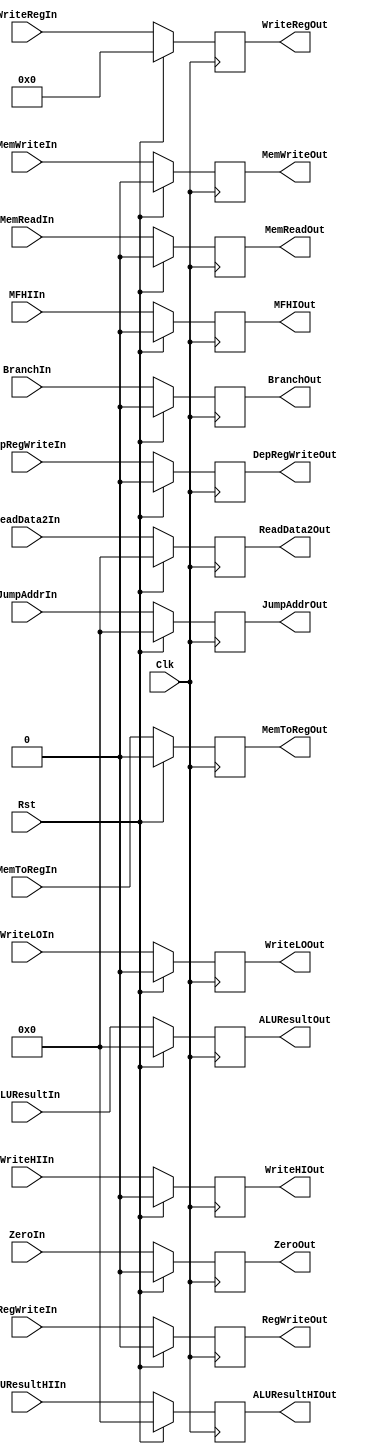
`timescale 1ns / 1ps
//////////////////////////////////////////////////////////////////////////////////
// Company: 
// Engineer: 
// 
// Design Name: 
// Module Name: PipelineReg
// Project Name: 
// Target Devices: 
// Tool Versions: 
// Description: 
// 
// Dependencies: 
// 
// Revision:
// Revision 0.01 - File Created
// Additional Comments:
// 
//////////////////////////////////////////////////////////////////////////////////


module ExecuteMemoryReg_tb(
    Clk,
    Rst,
    JumpAddrIn,
    ALUResultIn,
    ALUResultHIIn,
    ReadData2In,
    WriteRegIn,
    ZeroIn,
    BranchIn,
    MemWriteIn,
    MemReadIn,
    MFHIIn,
    RegWriteIn,
    WriteHIIn, 
    WriteLOIn,
    DepRegWriteIn,
    MemToRegIn,
    JumpAddrOut,
    ALUResultOut,
    ALUResultHIOut,
    ReadData2Out,
    WriteRegOut,
    ZeroOut,
    BranchOut,
    MemWriteOut,
    MemReadOut,
    MFHIOut,
    RegWriteOut,
    WriteHIOut, 
    WriteLOOut,
    DepRegWriteOut,
    MemToRegOut
    );
    input [31:0] JumpAddrIn, ALUResultIn, ALUResultHIIn, ReadData2In;
    input [4:0] WriteRegIn;
    input ZeroIn, MemWriteIn, MemReadIn, MFHIIn, Clk, BranchIn;
    input RegWriteIn, WriteHIIn, WriteLOIn, DepRegWriteIn;
    input MemToRegIn, Rst;
    output reg [31:0] JumpAddrOut, ALUResultOut, ALUResultHIOut, ReadData2Out;
    output reg [4:0] WriteRegOut;
    output reg ZeroOut, MemReadOut, MemWriteOut, MFHIOut;
    output reg BranchOut, RegWriteOut, DepRegWriteOut, WriteHIOut;
    output reg WriteLOOut, MemToRegOut;
    initial begin
        JumpAddrOut <= 0;
        ALUResultOut <= 0;
        ALUResultHIOut <= 0;
        ReadData2Out <= 0;
        WriteRegOut <= 0;
        ZeroOut <= 0;
        BranchOut <= 0;
        MemReadOut <= 0;
        MemWriteOut <= 0;
        MFHIOut <= 0;
        RegWriteOut <= 0;
        WriteHIOut <= 0;
        WriteLOOut <= 0;
        DepRegWriteOut <= 0;
        MemToRegOut <= 0;
    end
    always@(posedge Clk) begin
        if(Rst) begin
            JumpAddrOut <= 0;
            ALUResultOut <= 0;
            ALUResultHIOut <= 0;
            ReadData2Out <= 0;
            WriteRegOut <= 0;
            ZeroOut <= 0;
            BranchOut <= 0;
            MemReadOut <= 0;
            MemWriteOut <= 0;
            MFHIOut <= 0;
            RegWriteOut <= 0;
            WriteHIOut <= 0;
            WriteLOOut <= 0;
            DepRegWriteOut <= 0;
            MemToRegOut <= 0;
        end
        else begin
            JumpAddrOut <= JumpAddrIn;
            ALUResultOut <= ALUResultIn;
            ALUResultHIOut <= ALUResultHIIn;
            ReadData2Out <= ReadData2In;
            WriteRegOut <= WriteRegIn;
            ZeroOut <= ZeroIn;
            BranchOut <= BranchIn;
            MemReadOut <= MemReadIn;
            MemWriteOut <= MemWriteIn;
            MFHIOut <= MFHIIn;
            RegWriteOut <= RegWriteIn;
            WriteHIOut <= WriteHIIn;
            WriteLOOut <= WriteLOIn;
            DepRegWriteOut <= DepRegWriteIn;
            MemToRegOut <= MemToRegIn;
        end
    end
endmodule